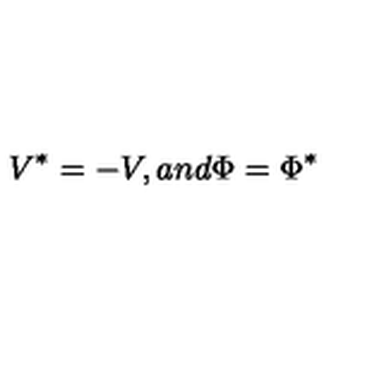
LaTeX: V ^ { * } = - V , a n d \Phi = \Phi ^ { * }